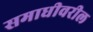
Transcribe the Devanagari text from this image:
समाधीवरील